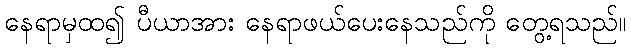
နေရာမှထ၍ ပီယာအား နေရာဖယ်ပေးနေသည်ကို တွေ့ရသည်။